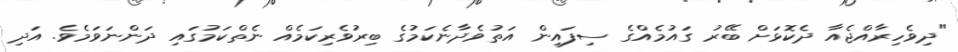
"ދިވެހިރާއްޖެއާ ދެކޮޅަށް ބޭރު ގައުމެއްގެ ސިފައިން އަތުވެދާނެކަމުގެ ބިރުވެރިކަމެއް ނެތްކަމުގައި ދަންނަވަމެވެ. އަދި